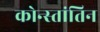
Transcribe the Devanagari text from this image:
कोन्स्तांतिन